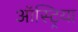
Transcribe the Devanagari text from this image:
ऑस्‍ट्रिया